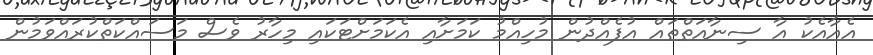
އެއާއެކު އާ ސިނާއަތްތައް އުފެއްދުން މުހިއްމު ކަމަށާއި އެކަމަށްޓަކައި މިހާރު ވެސް މަސައްކަތްކުރައްވަމުން